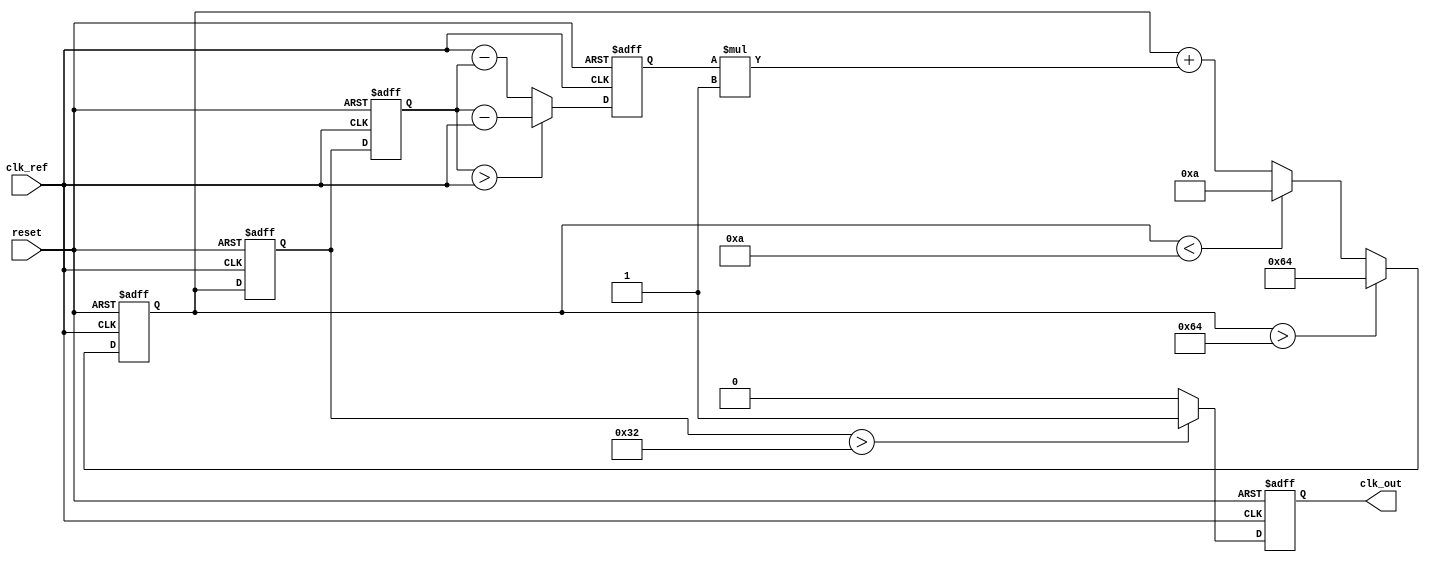
module MemoryBlocksLinearPLL (
    input wire clk_ref,          // Reference clock input
    input wire reset,           // Reset signal
    output reg clk_out          // Output clock
);

// Parameters
parameter VCO_MAX_FREQ = 100; // Maximum frequency of VCO
parameter VCO_MIN_FREQ = 10;   // Minimum frequency of VCO
parameter LOOP_FILTER_GAIN = 1; // Gain for loop filter

// Internal signals
reg [7:0] phase_error;         // Phase error signal
reg [7:0] control_voltage;      // Control voltage for VCO
reg [7:0] vco_output;           // VCO output frequency
reg [7:0] feedback;             // Feedback signal
reg [7:0] memory_block;         // Memory block for storing previous state

// Phase Detector (PD)
always @(posedge clk_ref or posedge reset) begin
    if (reset) begin
        phase_error <= 0;
    end else begin
        // Simple phase comparison logic (for demonstration)
        if (feedback > clk_ref) begin
            phase_error <= feedback - clk_ref; // Positive error
        end else begin
            phase_error <= clk_ref - feedback; // Negative error
        end
    end
end

// Loop Filter
always @(posedge clk_ref or posedge reset) begin
    if (reset) begin
        control_voltage <= 0;
    end else begin
        // Simple first-order loop filter
        control_voltage <= control_voltage + (phase_error * LOOP_FILTER_GAIN);
        // Clamp control voltage to VCO limits
        if (control_voltage > VCO_MAX_FREQ) begin
            control_voltage <= VCO_MAX_FREQ;
        end else if (control_voltage < VCO_MIN_FREQ) begin
            control_voltage <= VCO_MIN_FREQ;
        end
    end
end

// Voltage-Controlled Oscillator (VCO)
always @(posedge clk_ref or posedge reset) begin
    if (reset) begin
        vco_output <= VCO_MIN_FREQ; // Start at minimum frequency
    end else begin
        // Adjust VCO output based on control voltage
        vco_output <= control_voltage;
    end
end

// Feedback Path
always @(posedge clk_ref or posedge reset) begin
    if (reset) begin
        feedback <= 0;
    end else begin
        // Feedback logic (for demonstration)
        feedback <= vco_output; // Direct feedback from VCO output
    end
end

// Memory Block
always @(posedge clk_ref or posedge reset) begin
    if (reset) begin
        memory_block <= 0;
    end else begin
        // Store previous control voltage for stability
        memory_block <= control_voltage;
    end
end

// Output Clock Generation
always @(posedge clk_ref or posedge reset) begin
    if (reset) begin
        clk_out <= 0;
    end else begin
        // Generate output clock based on VCO output
        clk_out <= (vco_output > (VCO_MAX_FREQ / 2)) ? 1 : 0; // Simple clock generation
    end
end

endmodule